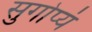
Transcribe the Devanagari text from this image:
सुगोप्यं